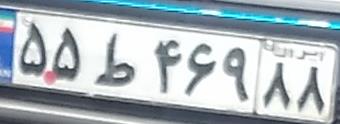
۵۵ط۴۶۹۸۸